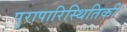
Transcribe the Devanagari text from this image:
पुरापारिस्थितिकी